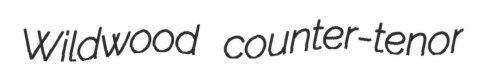
Wildwood counter-tenor